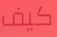
كيف